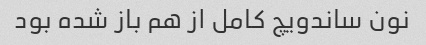
نون ساندویچ کامل از هم باز شده بود